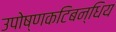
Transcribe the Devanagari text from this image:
उपोष्णकटिबन्धिय